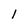
Character: 1